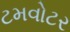
ટમવોટર